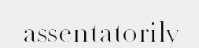
assentatorily